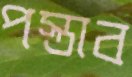
পস্তাব